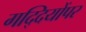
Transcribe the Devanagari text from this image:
गद्दियोंपर